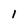
Character: 1